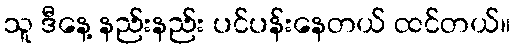
သူ ဒီနေ့ နည်းနည်း ပင်ပန်းနေတယ် ထင်တယ်။